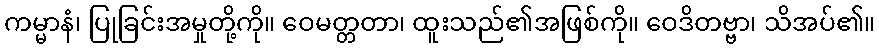
ကမ္မာနံ၊ ပြုခြင်းအမှုတို့ကို။ ဝေမတ္တတာ၊ ထူးသည်၏အဖြစ်ကို။ ဝေဒိတဗ္ဗာ၊ သိအပ်၏။